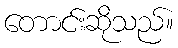
တောင်းဆိုသည်။